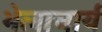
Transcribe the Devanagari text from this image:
भेलाचार्य